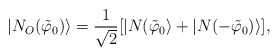
\begin{align*}|N_O (\tilde \varphi_0)\rangle = \frac{1}{\sqrt{2}} [ | N(\tilde{\varphi}_0 \rangle + | N( -\tilde{\varphi}_0) \rangle ],\end{align*}